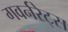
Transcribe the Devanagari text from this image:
गवर्नरेट्स